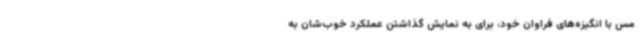
مس با انگیزه‌های فراوان خود، برای به نمایش گذاشتن عملکرد خوب‌شان به